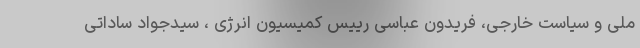
ملی و سیاست خارجی، فریدون عباسی رییس کمیسیون انرژی ، سیدجواد ساداتی